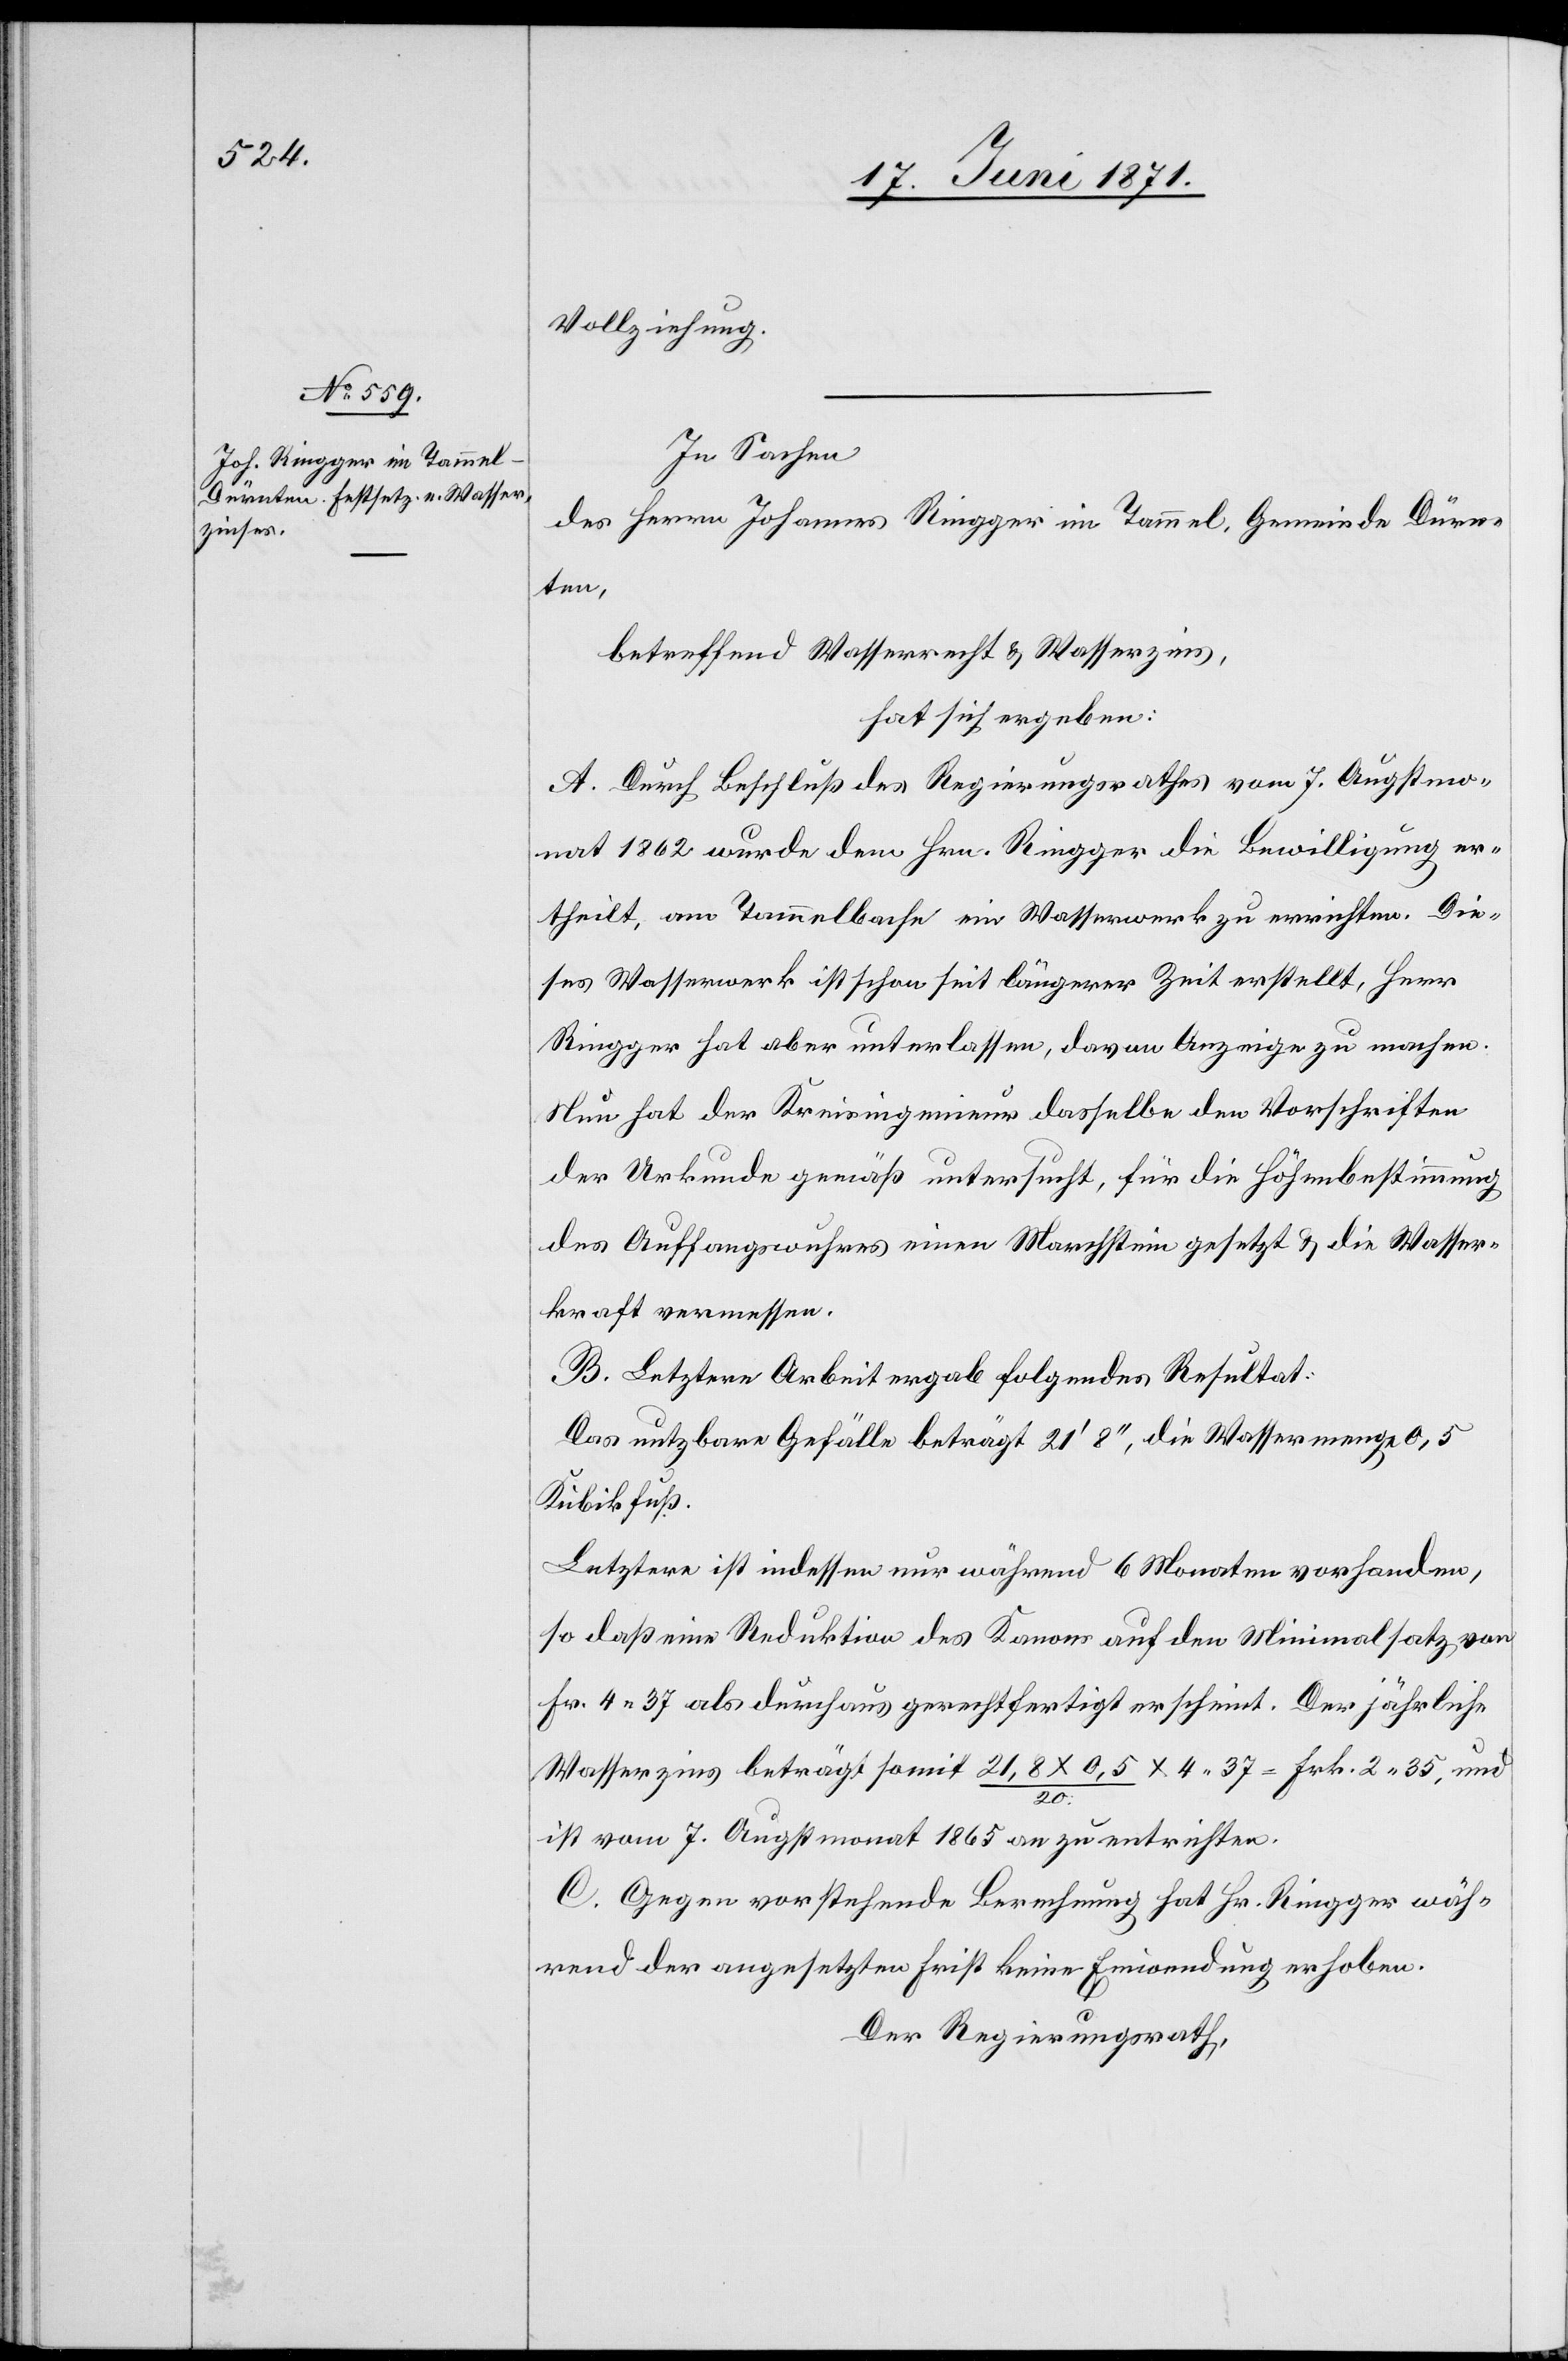
Vollziehung.
In Sachen
des Herrn Johannes Ringger im Tammel, Gemeinde Dürn¬
ten,
betreffend Wasserrecht u. Wasserzins,
hat sich ergeben:
A. Durch Beschluß des Regierungsrathes vom 7. Augstmo¬
nat 1862 wurde dem Hrn. Ringger die Bewilligung er¬
theilt, am Tammelbache ein Wasserwerk zu errichten. Die¬
ses Wasserwerk ist schon seit längerer Zeit erstellt, Herr
Ringger hat aber unterlassen, davon Anzeige zu machen.
Nun hat der Kreisingenieur dasselbe den Vorschriften
der Urkunde gemäß untersucht, für die Höhenbestimmung
des Auffangswuhres einen Marchstein gesetzt u. die Wasser¬
kraft vermessen.
B. Letztere Arbeit ergab folgendes Resultat:
Das nutzbare Gefälle beträgt 21‘8“, die Wassermenge 0,5
Kubikfuß.
Letzter ist indessen nur während 6 Monaten vorhanden,
so daß eine Reduktion des Kanons auf den Minimalsatz von
Fr. 4.37 als durchaus gerechtfertigt erscheint. Der jährliche
Wasserzins beträgt somit 21,8x0,5/20 x 4.37 = Frk. 2.35, und
ist vom 7. Augstmonat 1865 an zu entrichten.
C. Gegen vorstehende Berechnung hat Hr. Ringger wäh¬
rend der angesetzten Frist keine Einwendung erhoben.
Der Regierungsrath,